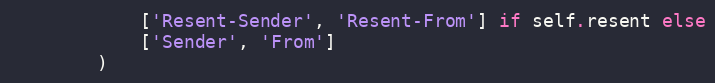
Language: Python
            ['Resent-Sender', 'Resent-From'] if self.resent else
            ['Sender', 'From']
        )